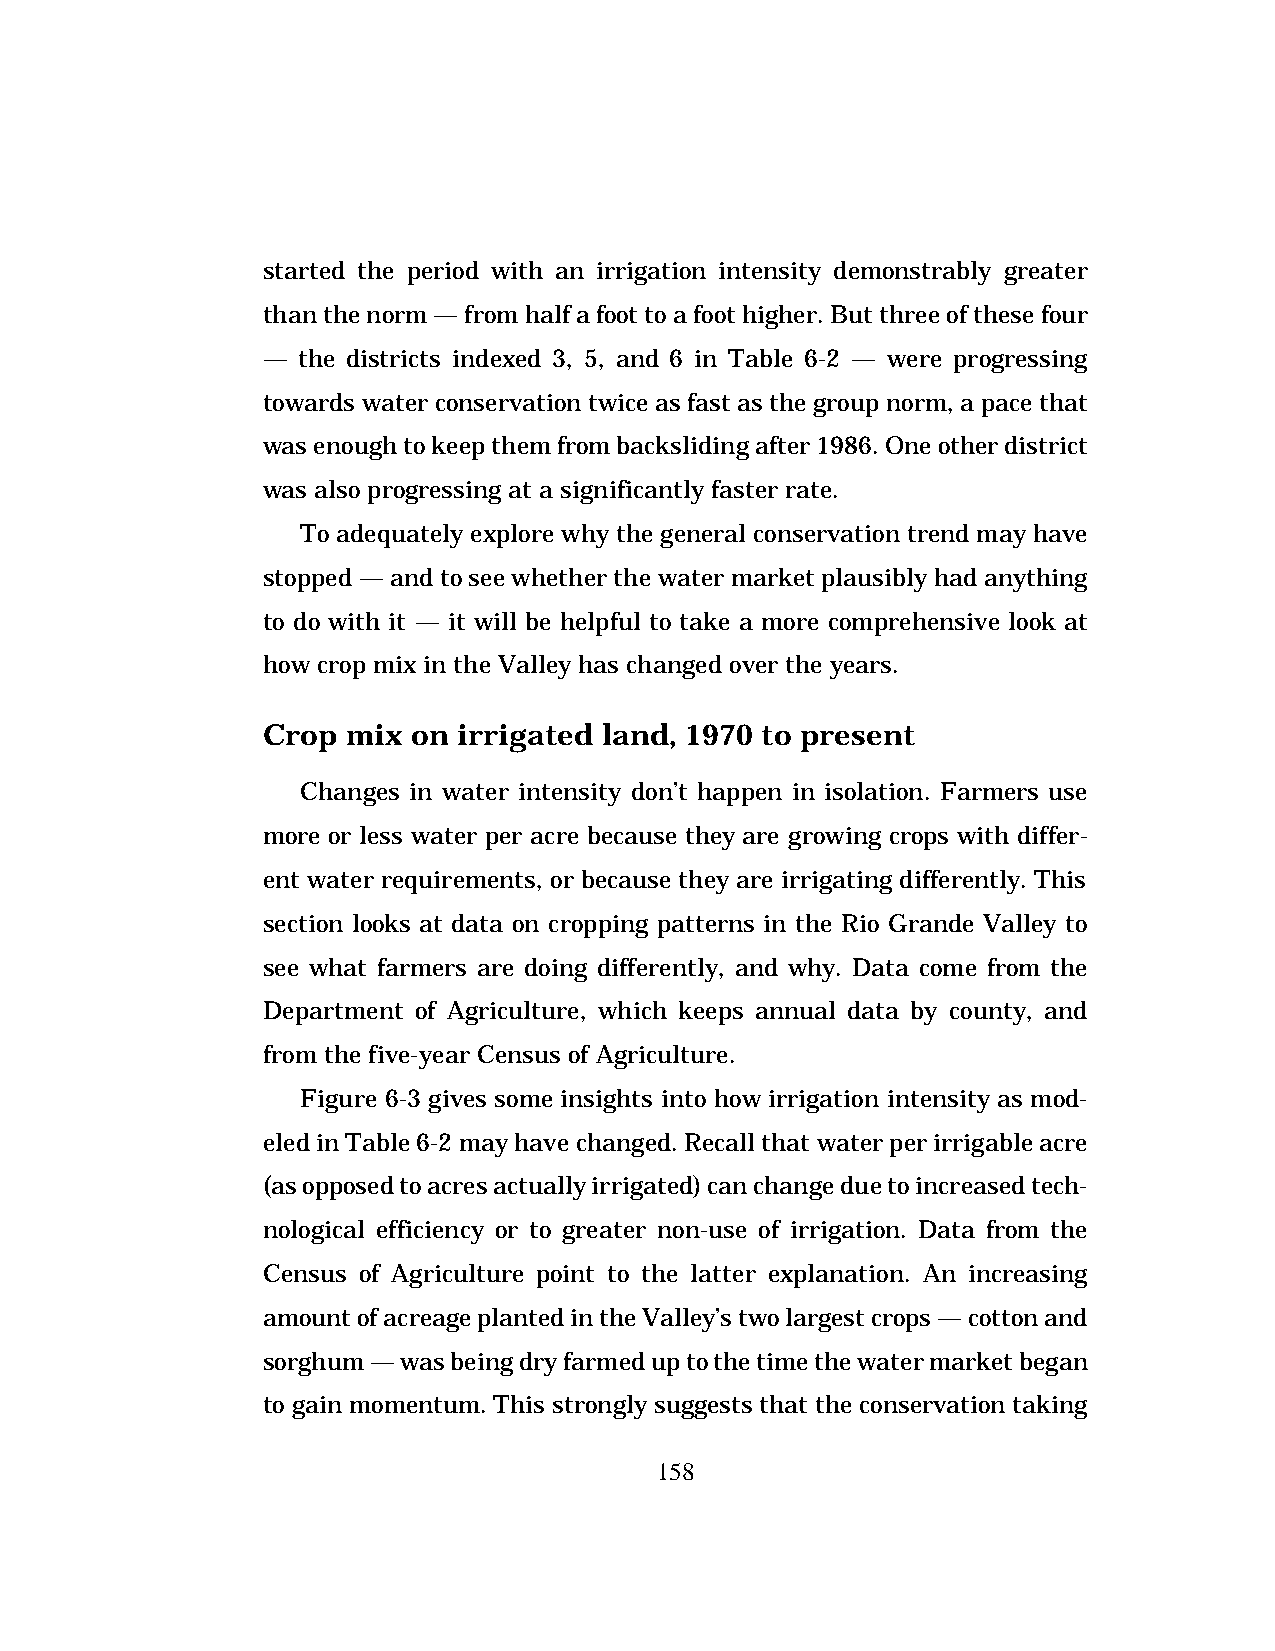
started the period with an irrigation intensity demonstrably greater
 than the norm — from half a foot to a foot higher. But three of these four
 —  the districts indexed 3, 5, and 6 in Table 6-2 — were progressing
 towards water conservation twice as fast as the group norm, a pace that
 was enough to keep them from backsliding after 1986. One other district
 was also progressing at a significantly faster rate.
 To adequately explore why the general conservation trend may have
 stopped — and to see whether the water market plausibly had anything
 to do with it — it will be helpful to take a more comprehensive look at
 how crop mix in the Valley has changed over the years.
 Crop  mix on irrigated land, 1970 to present
 Changes in water intensity don’t happen in isolation. Farmers use
 more or less water per acre because they are growing crops with differ-
 ent water requirements, or because they are irrigating differently. This
 section looks at data on cropping patterns in the Rio Grande Valley to
 see what farmers are doing differently, and why. Data come from the
 Department of Agriculture, which keeps annual data by county, and
 from the five-year Census of Agriculture.
 Figure 6-3 gives some insights into how irrigation intensity as mod-
 eled in Table 6-2 may have changed. Recall that water per irrigable acre
 (as opposed to acres actually irrigated) can change due to increased tech-
 nological efficiency or to greater non-use of irrigation. Data from the
 Census of Agriculture point to the latter explanation. An increasing
 amount of acreage planted in the Valley’s two largest crops — cotton and
 sorghum — was being dry farmed up to the time the water market began
 to gain momentum. This strongly suggests that the conservation taking
 158